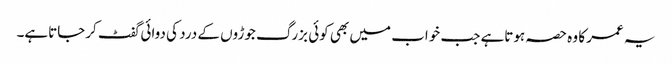
یہ عمر کا وہ حصہ ہوتاہے جب خواب میں بھی کوئی بزرگ جوڑوں کے درد کی دوائی گفٹ کرجاتاہے۔